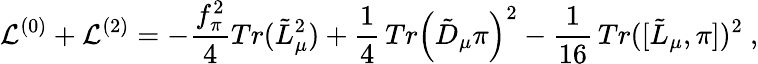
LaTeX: {\cal L}^{(0)}+{\cal L}^{(2)}=-\frac{f_{\pi}^{2}}{4}Tr({\tilde{L}}_{\mu}^{2})+\frac 14\, Tr\left({\tilde{D}}_{\mu}\pi\right)^{2}-\frac{1}{16}\, Tr([{\tilde{L}}_{\mu},\pi])^{2}\ ,